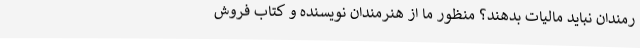
رمندان نباید مالیات بدهند؟ منظور ما از هنرمندان نویسنده و کتاب فروش